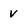
Character: v